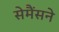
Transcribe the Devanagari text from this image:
सेमैंसने